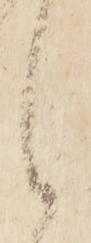
候